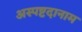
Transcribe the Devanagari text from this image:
अस्पष्टदानाम